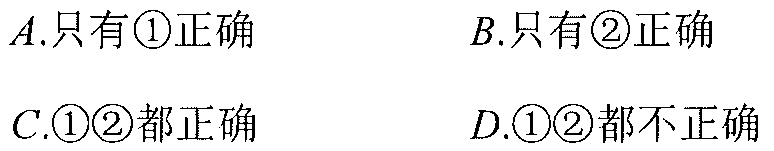
\(A.\)只有\textcircled{1}正确 \(\qquad B.\)只有\textcircled{2}正确
\(C.\)\textcircled{1}\textcircled{2}都正确 \(\qquad D.\)\textcircled{1}\textcircled{2}都不正确